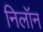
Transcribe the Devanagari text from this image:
निलॉन